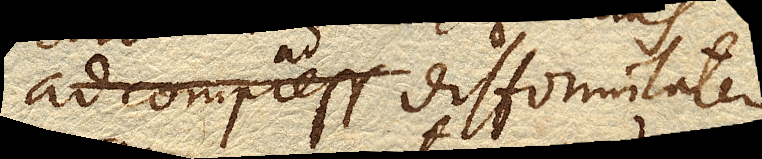
ad difformitatem.